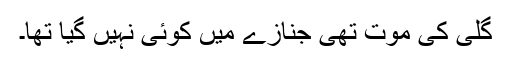
گلی کی موت تھی جنازے میں کوئی نہیں گیا تھا۔